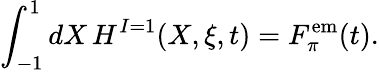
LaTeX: \int_{-1}^{1}dX\, H^{I=1}(X,\xi,t)=F_{\pi}^{\mathrm{{em}}}(t).